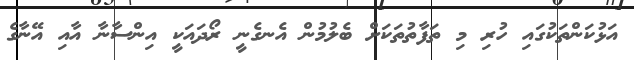
އަޅުކަންތަކުގައި ހުރި މި ތަފާތުތަކަށް ބެލުމުން އެނގެނީ ރޯދައަކީ އިންސާނާ އާއި އޭނާގެ